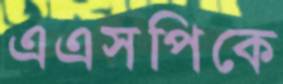
এএসপিকে